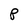
Character: P